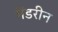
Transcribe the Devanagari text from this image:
मैंडरीन